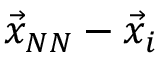
\vec { x } _ { N N } - \vec { x } _ { i }